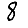
Digit: 8